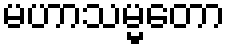
မဟာသမ္မတော